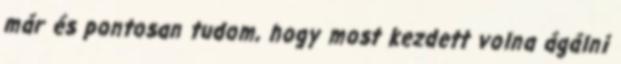
már és pontosan tudom, hogy most kezdett volna ágálni